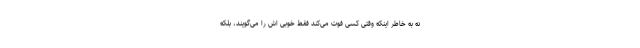
نه به خاطر اینکه وقتی کسی فوت می‌کند فقط خوبی اش را می‌گویند، بلکه